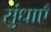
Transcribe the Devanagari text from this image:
सुंधाएँ